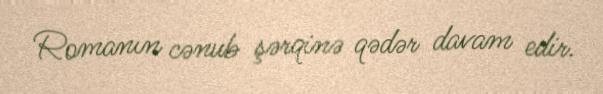
Romanın cənub şərqinə qədər davam edir.